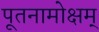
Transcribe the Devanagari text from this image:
पूतनामोक्षम्